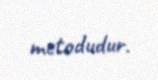
metodudur.